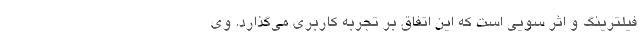
فیلترینگ و اثر سویی است که این اتفاق بر تجربه کاربری می‌گذارد. وی